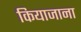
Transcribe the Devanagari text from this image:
कियाजाना